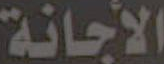
الأجانة